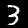
Label: 3